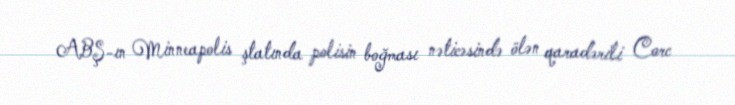
ABŞ-ın Minneapolis ştatında polisin boğması nəticəsində ölən qaradərili Corc